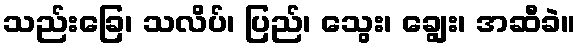
သည်းခြေ၊ သလိပ်၊ ပြည်၊ သွေး၊ ချွေး၊ အဆီခဲ။